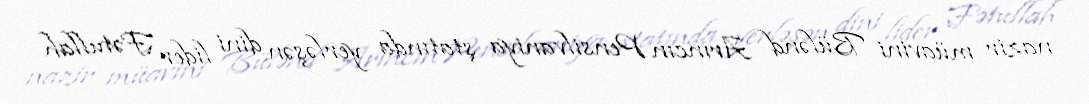
nazir müavini Bülənd Arıncın Pensilvaniya ştatında yerləşən dini lider Fətullah